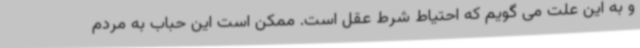
و به این علت می گویم که احتیاط شرط عقل است. ممکن است این حباب به مردم